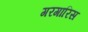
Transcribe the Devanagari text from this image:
गरगारिस